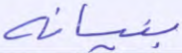
بنيانه